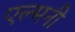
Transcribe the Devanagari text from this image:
एल्मनी